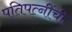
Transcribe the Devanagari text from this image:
पतिपत्‍नींची